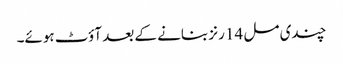
چندی مل 14 رنز بنانے کے بعد آؤٹ ہوئے۔